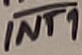
Text: INT1